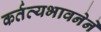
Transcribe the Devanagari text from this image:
कर्तव्यभावनेने